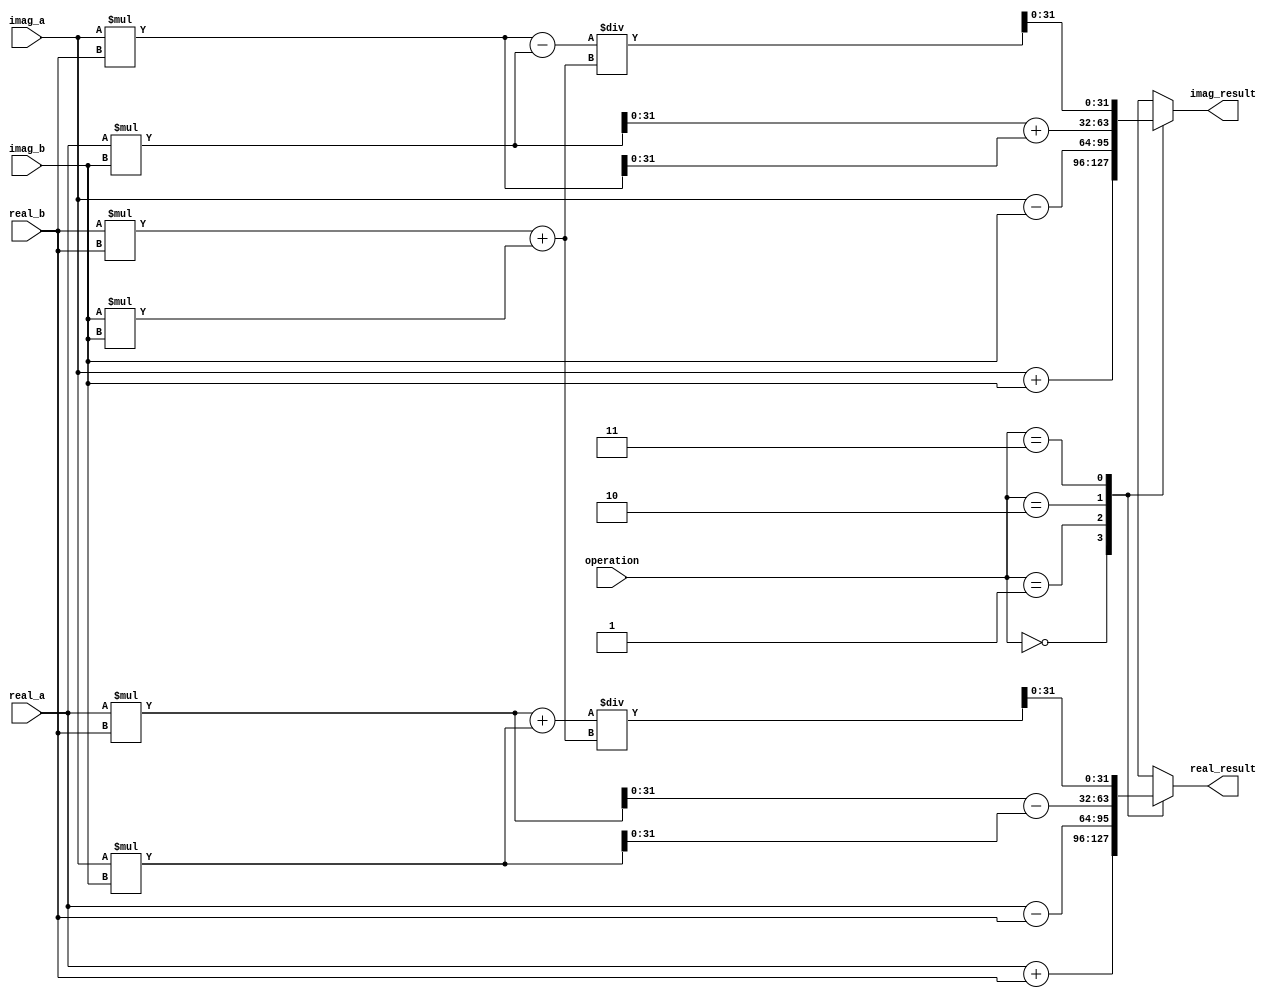
module Complex_ALU (
    input wire [31:0] real_a,
    input wire [31:0] imag_a,
    input wire [31:0] real_b,
    input wire [31:0] imag_b,
    input wire [1:0] operation,
    output reg [31:0] real_result,
    output reg [31:0] imag_result
);

reg [63:0] product_real;
reg [63:0] product_imag;
reg [63:0] sum_real;
reg [63:0] sum_imag;
reg [63:0] diff_real;
reg [63:0] diff_imag;

always @(*)
begin
    case(operation)
        2'b00: begin // addition
            sum_real = real_a + real_b;
            sum_imag = imag_a + imag_b;
            real_result = sum_real[31:0];
            imag_result = sum_imag[31:0];
        end
        2'b01: begin // subtraction
            diff_real = real_a - real_b;
            diff_imag = imag_a - imag_b;
            real_result = diff_real[31:0];
            imag_result = diff_imag[31:0];
        end
        2'b10: begin // multiplication
            product_real = real_a * real_b - imag_a * imag_b;
            product_imag = real_a * imag_b + imag_a * real_b;
            real_result = product_real[31:0];
            imag_result = product_imag[31:0];
        end
        2'b11: begin // division
            product_real = (real_a * real_b + imag_a * imag_b) / (real_b * real_b + imag_b * imag_b);
            product_imag = (imag_a * real_b - real_a * imag_b) / (real_b * real_b + imag_b * imag_b);
            real_result = product_real[31:0];
            imag_result = product_imag[31:0];
        end
    endcase
end

endmodule